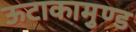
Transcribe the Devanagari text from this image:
ऊटाकामुण्ड